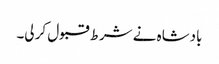
بادشاہ نے شرط قبول کر لی۔